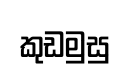
කුඩමුසු